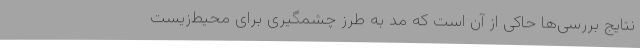
نتایج بررسی‌ها حاکی از آن است که مد به طرز چشمگیری برای محیط‌زیست